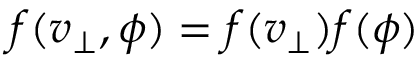
f ( v _ { \perp } , \phi ) = f ( v _ { \perp } ) f ( \phi )